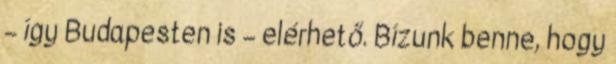
– így Budapesten is – elérhető. Bízunk benne, hogy